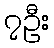
၇ဦး